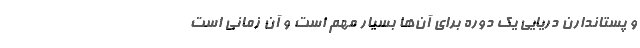
و پستاندارن دریایی یک دوره برای آن‌ها بسیار مهم است و آن زمانی است